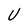
Character: U